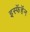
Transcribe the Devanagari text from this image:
इस्फॅहॅन